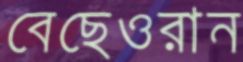
বেছেওরান